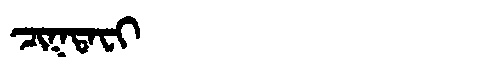
Manchu: ᠴᡳᡴᡨᠠᠸᡳ
Romanization: CIKTAFI